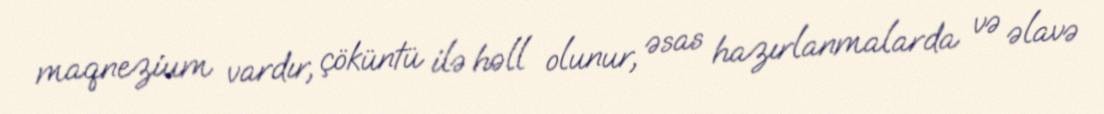
maqnezium vardır, çöküntü ilə həll olunur, əsas hazırlanmalarda və əlavə